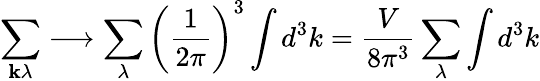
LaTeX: \sum_{\mathbf{k}\lambda}\longrightarrow\sum_{\lambda}\left({\frac{1}{2\pi}}\right)^{3}\int d^{3}k={\frac{V}{8\pi^{3}}}\sum_{\lambda}\int d^{3}k